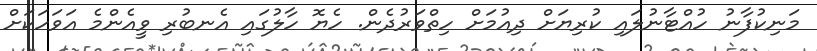
މަނިކުފާނު ހުއްޓާނުލައި ކުރިޔަށް ދިއުމަށް ހިތްވަރުދެން. ހެޔޮ ހާލުގައި އެނބުރި ވީއެންމެ އަވަހަކަށް